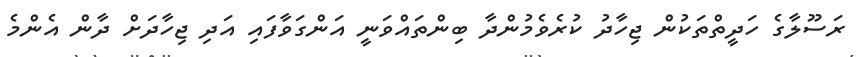
ރަސޫލާގެ ހަދީތްތަކުން ޖިހާދު ކުރެވެމުންދާ ބިންތައްވަނީ އަންގަވާފައި އަދި ޖިހާދަށް ދާން އެންމެ